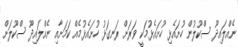
ނެއްލައިދޫ ސްކޫލުން ހުށައެޅި ހުށައެޅުމަކީ ވަރަށް ރަނގަޅު ހުށައެޅުމެއް ކަމަށާއި ނެއްލައިދޫ ސްކޫލަށް